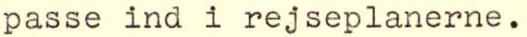
passe ind i rejseplanerne.